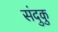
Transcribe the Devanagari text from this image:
संदुकु